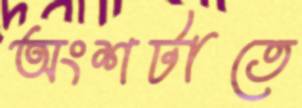
অংশটাতে